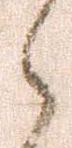
候